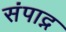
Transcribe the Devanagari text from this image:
संपाद्न